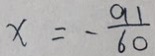
x = - \frac { 9 1 } { 6 0 }